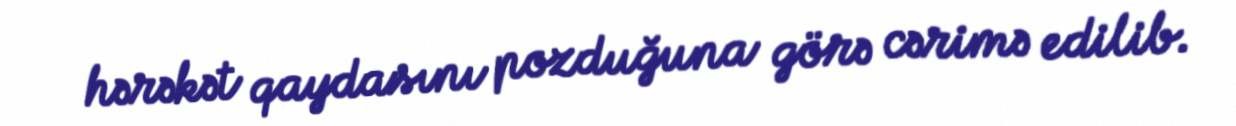
hərəkət qaydasını pozduğuna görə cərimə edilib.